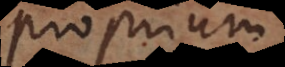
proprium